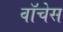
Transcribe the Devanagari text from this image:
वॉचेस